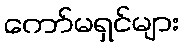
ကော်မရှင်များ